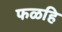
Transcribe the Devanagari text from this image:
फळहि